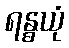
ရန္ဓယုံ